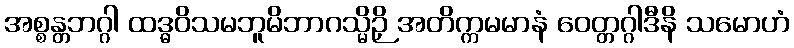
အစ္စန္တဘဂ္ဂါ ထဒ္ဓဝိသမဘူမိဘာဂသ္မိဉှိ အတိက္ကမမာနံ ဝေတ္တဂ္ဂါဒီနိ သမောဟံ